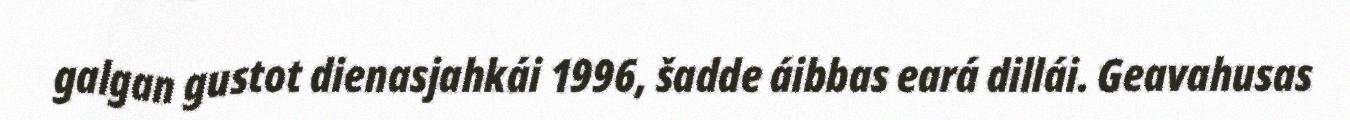
galgan gustot dienasjahkái 1996, šadde áibbas eará dillái. Geavahusas